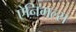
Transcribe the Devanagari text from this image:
ऐनिमल्स